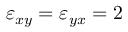
\varepsilon _ { x y } = \varepsilon _ { y x } = 2